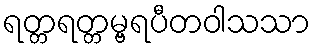
ရတ္တရတ္တမ္ဗရပီတဝါသသာ